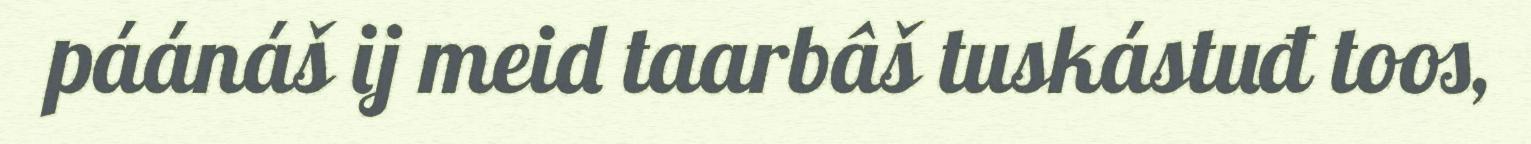
páánáš ij meid taarbâš tuskástuđ toos,